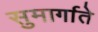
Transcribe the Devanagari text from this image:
सुमार्गाते